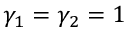
\gamma _ { 1 } = \gamma _ { 2 } = 1